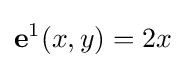
\mathbf {e} ^{1}(x,y)=2x